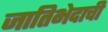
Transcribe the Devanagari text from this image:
जातिभेदाची